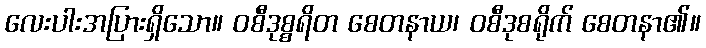
လေးပါးအပြားရှိသော။ ဝစီဒုစ္စရိတ စေတနာယ၊ ဝစီဒုစရိုက် စေတနာ၏။